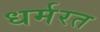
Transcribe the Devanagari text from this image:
धर्मरत